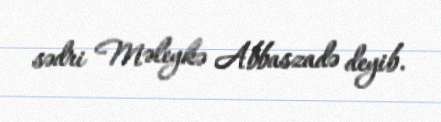
sədri Məleykə Abbaszadə deyib.